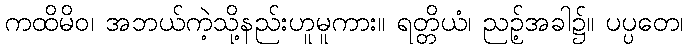
ကထိမိဝ၊ အဘယ်ကဲ့သို့နည်းဟူမူကား။ ရတ္တိယံ၊ ညဉ့်အခါ၌။ ပပ္ပတေ၊